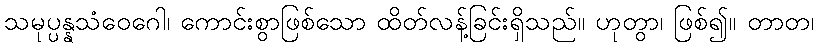
သမုပ္ပန္နသံဝေဂေါ၊ ကောင်းစွာဖြစ်သော ထိတ်လန့်ခြင်းရှိသည်။ ဟုတွာ၊ ဖြစ်၍။ တာတ၊